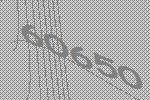
60650